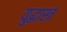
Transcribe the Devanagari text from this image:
युद्धास्त्र